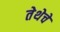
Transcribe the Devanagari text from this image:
तेथेचे